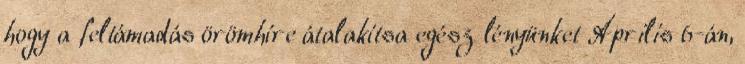
hogy a feltámadás örömhíre átalakítsa egész lényünket Április 6-án,